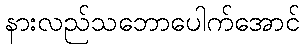
နားလည်သဘောပေါက်အောင်